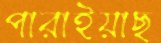
পারাইয়াছ